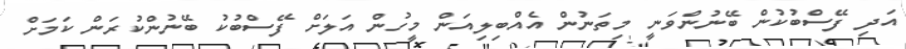
އަދި ފޭސްބުކުން ބޭނުންވަނީ މިތަނުން އެއްބިލިއަން މީހުން އަލަށް ފޭސްބުކު ބޭނުންކުރަން ކަމަށް